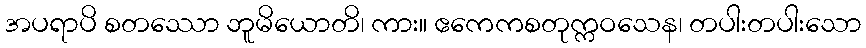
အပရာပိ စတဿော ဘူမိယောတိ၊ ကား။ ဧကေကစတုက္ကဝသေန၊ တပါးတပါးသော